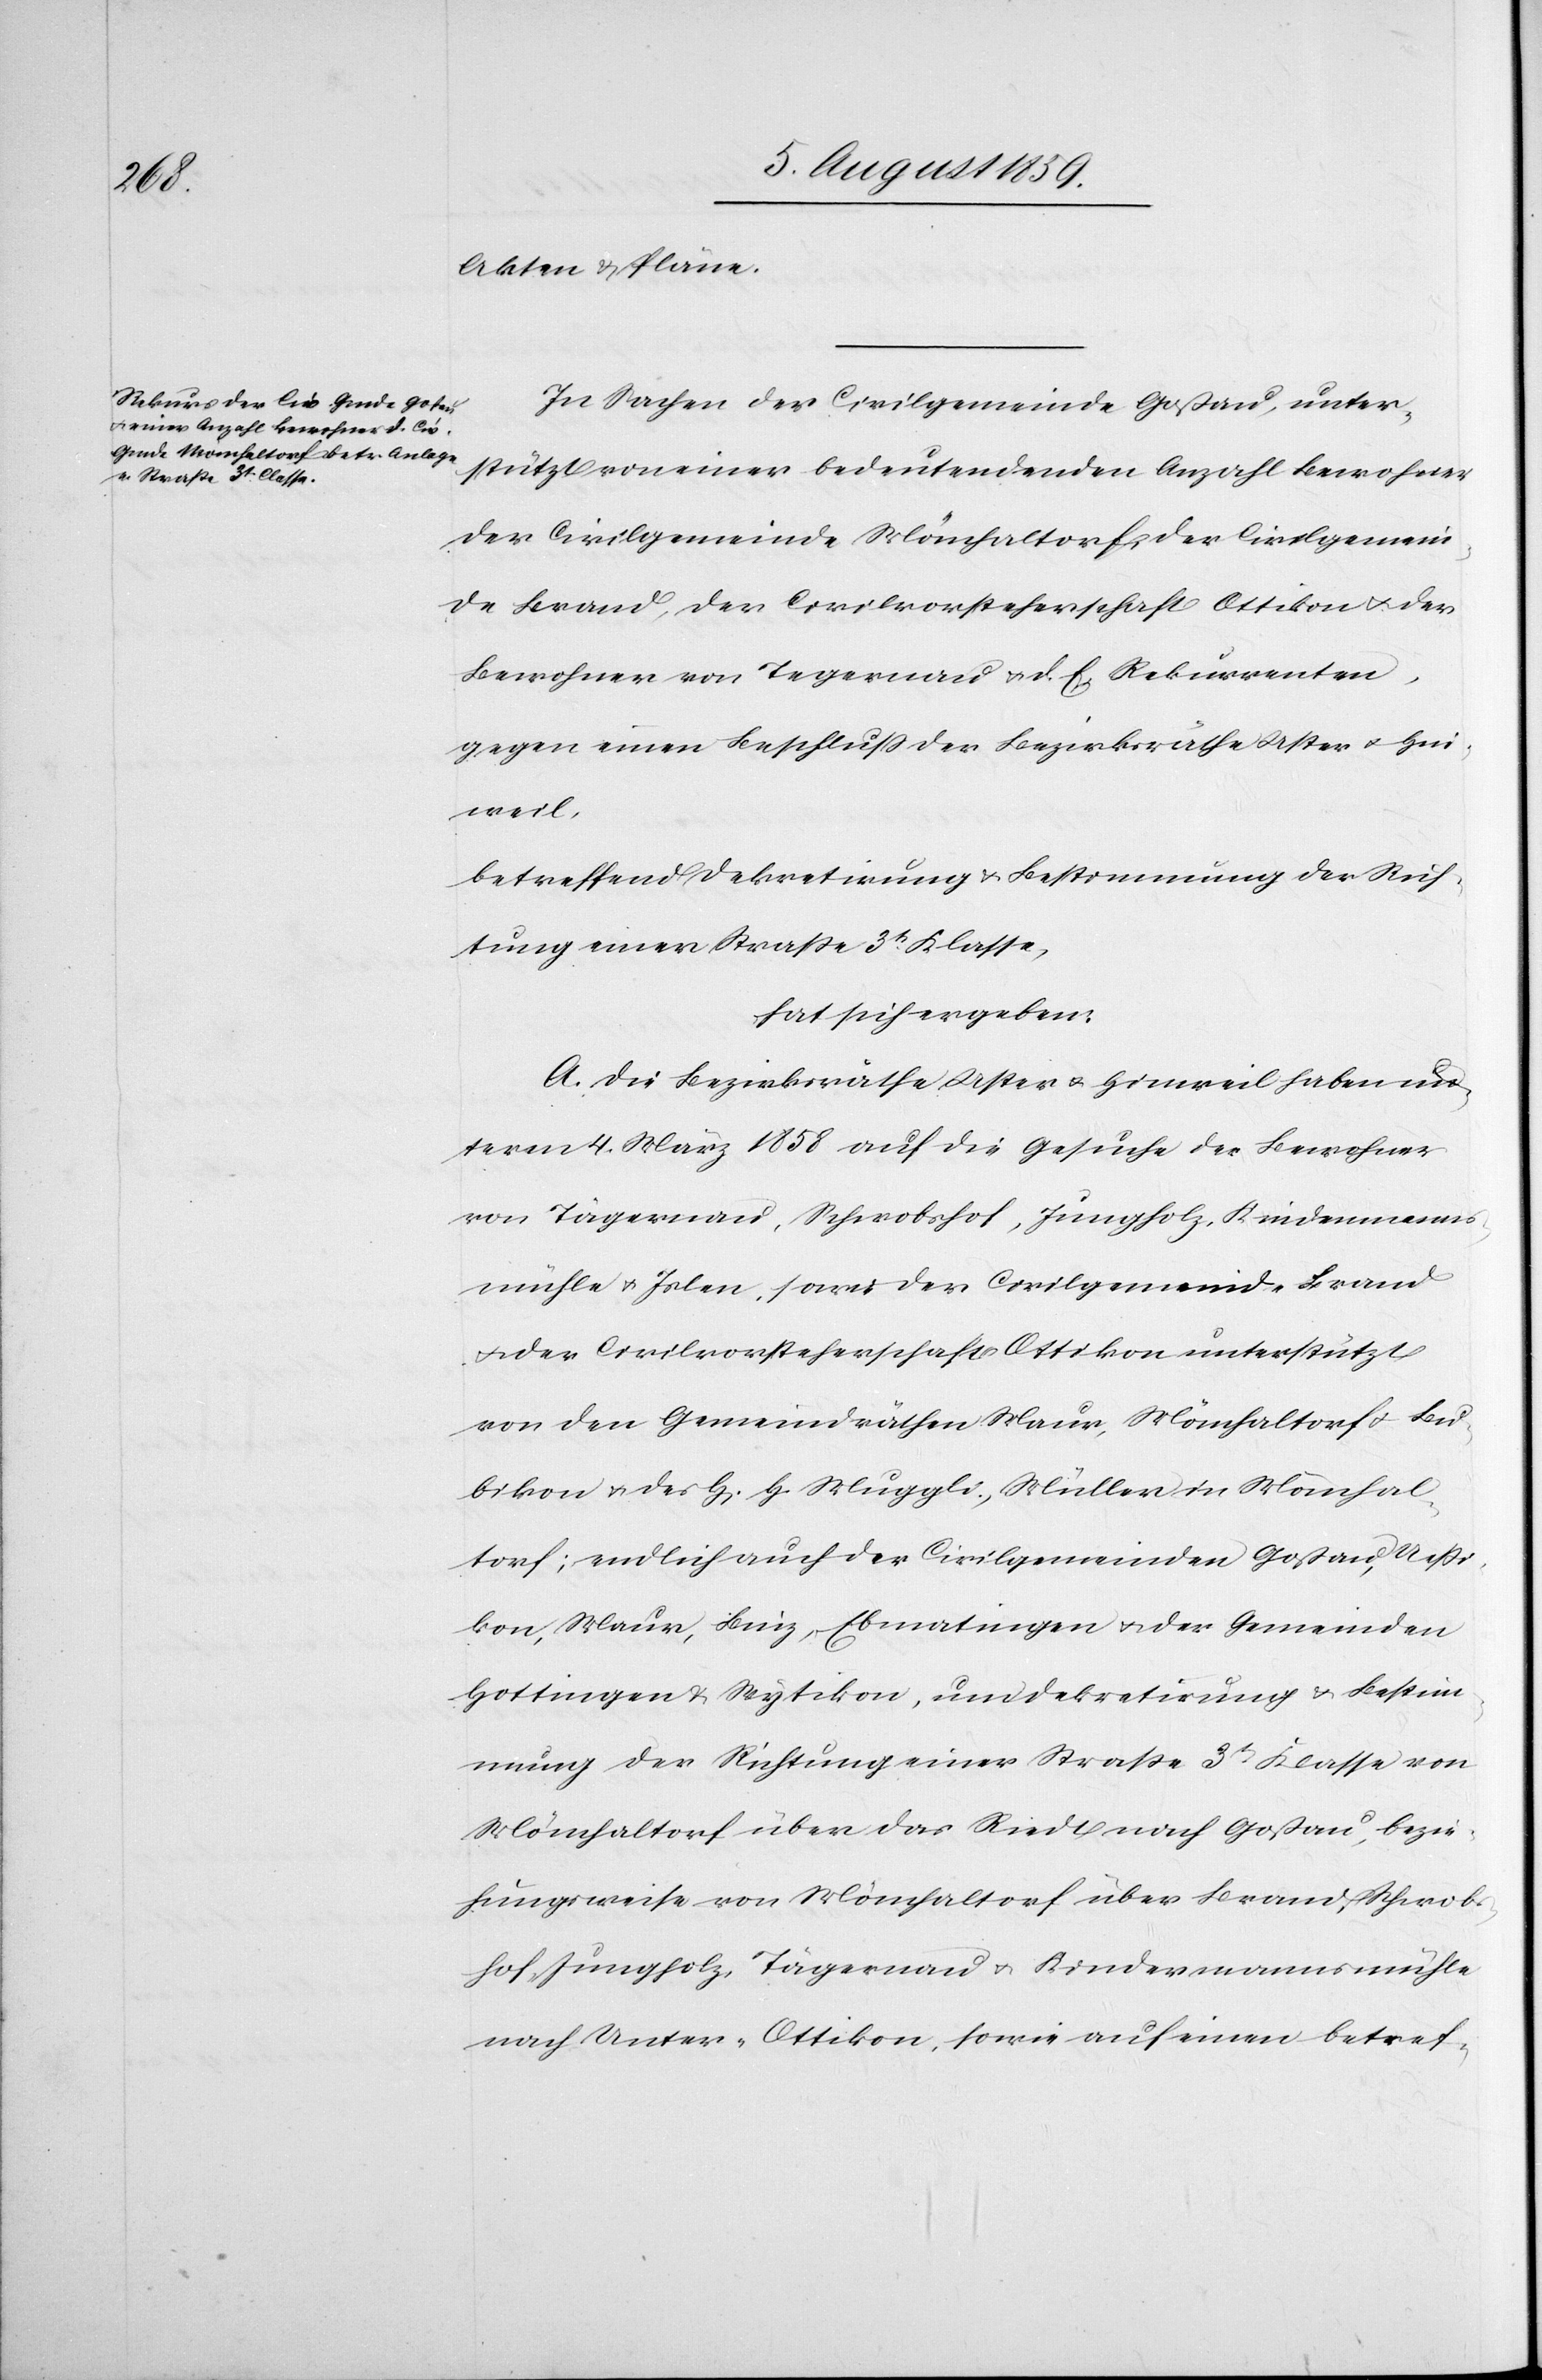
Akten u. Pläne.